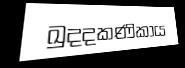
ඛුදදකණිකාය